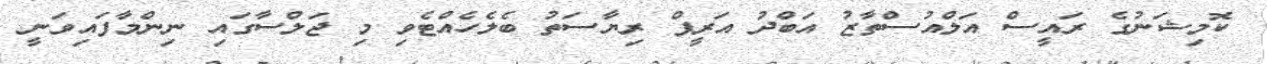
ކޮމިޝަނުގެ ރައީސް އަލްއުސްތާޒު އަބްދު އަރީފް ރިޔާސަތު ބެލެހެއްޓެވި މި ޖަލްސާގައި ނިންމާފައިވަނީ